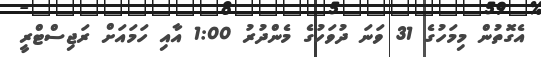
އެގޮތުން މިމަހުގެ 31 ވަނަ ދުވަހުގެ މެންދުރު 1:00 އާއި ހަމައަށް ރަޖިސްޓްރީ